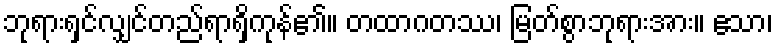
ဘုရားရှင်လျှင်တည်ရာရှိကုန်၏။ တထာဂတဿ၊ မြတ်စွာဘုရားအား။ ဧသာ၊